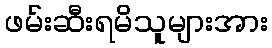
ဖမ်းဆီးရမိသူများအား